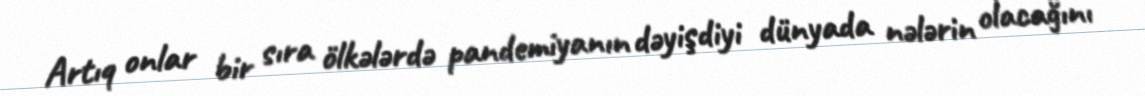
Artıq onlar bir sıra ölkələrdə pandemiyanın dəyişdiyi dünyada nələrin olacağını